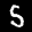
Digit: 5